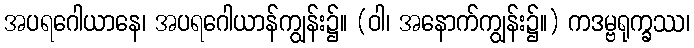
အပရဂေါယာနေ၊ အပရဂေါယာန်ကျွန်း၌။ (ဝါ၊ အနောက်ကျွန်း၌။) ကဒမ္ဗရုက္ခဿ၊